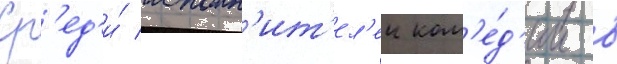
Ср'ед'и́ исполн'ит'ел'еи ком'е́д'ии в